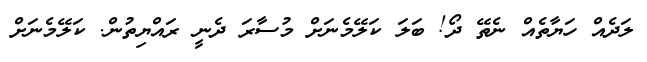
ލަދެއް ހަޔާތެއް ނެތޭ ދޯ! ބަލަ ކަލޭމެނަށް މުސާރަ ދެނީ ރައްޔިތުން. ކަލޭމެނަށް